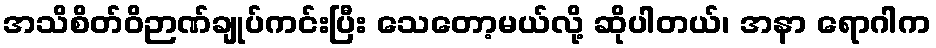
အသိစိတ်ဝိဉာဏ်ချုပ်ကင်းပြီး သေတော့မယ်လို့ ဆိုပါတယ်၊ အနာ ရောဂါက